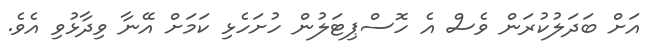
އަށް ބަދަލުކުރަން ވެސް އެ ހޮސްޕިޓަލުން ހުށަހެޅި ކަމަށް އޭނާ ވިދާޅުވި އެވެ.